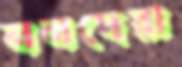
ননদেরা